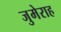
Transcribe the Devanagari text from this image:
जुमेराह